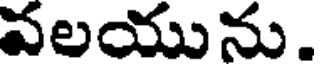
వలయును.